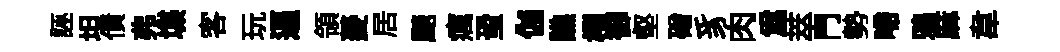
誣坦債弗堞客玩逼領菱居颷癘蛩伽譙櫂御壑磳豸肉為萃門勢啼鴉麻韋